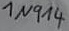
Text: 1N914